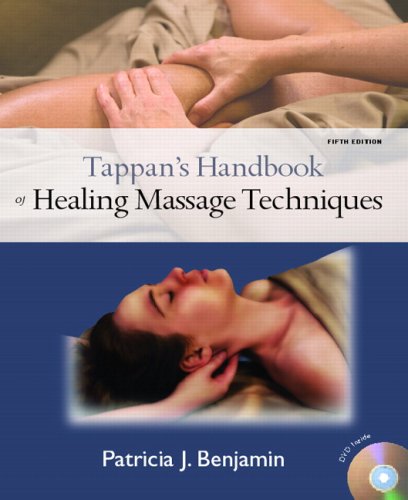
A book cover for Tappan's Handbook of Healing Massage Techniques (5th Edition); Patricia J. Benjamin Ph.D.; Health, Fitness & Dieting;